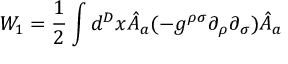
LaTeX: W _ { 1 } = \frac { 1 } { 2 } \int d ^ { D } x \hat { A } _ { a } ( - g ^ { \rho \sigma } \partial _ { \rho } \partial _ { \sigma } ) \hat { A } _ { a }